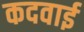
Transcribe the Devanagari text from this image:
कदवाई